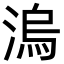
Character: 溩